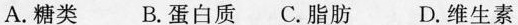
A.糖类 B.蛋白质 C.脂肪 D.维生素